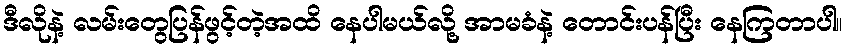
ဒီလိုနဲ့ လမ်းတွေပြန်ဖွင့်တဲ့အထိ နေပါမယ်လို့ အာမခံနဲ့ တောင်းပန်ပြီး နေကြတာပါ။